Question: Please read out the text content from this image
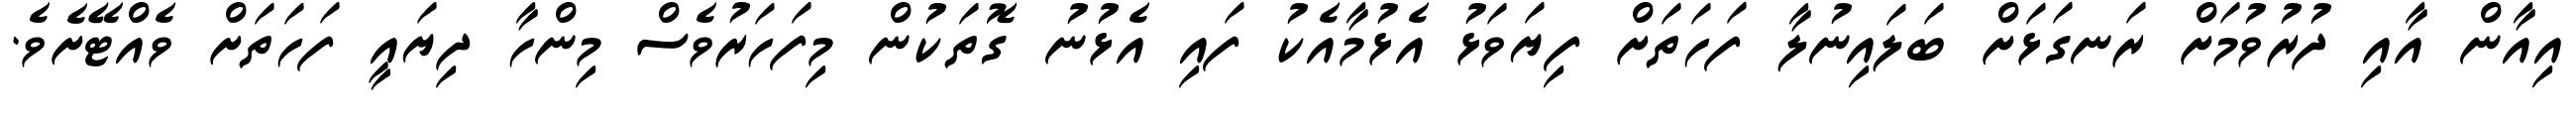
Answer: އިއާން އާއި ދުރުވުމަށް ރަނގަޅަށް ބަލައިނުލާ ފަހަތަށް ފިޔަވަޅު އެޅުމާއެކު ފައި އެޅުނު ގޮތަކުން މިފަހަރުވެސް މިންހާ ދިޔައީ ފަހަތަށް ވެއްޓޭށެވެ.